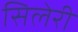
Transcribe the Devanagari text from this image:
सिलेरी